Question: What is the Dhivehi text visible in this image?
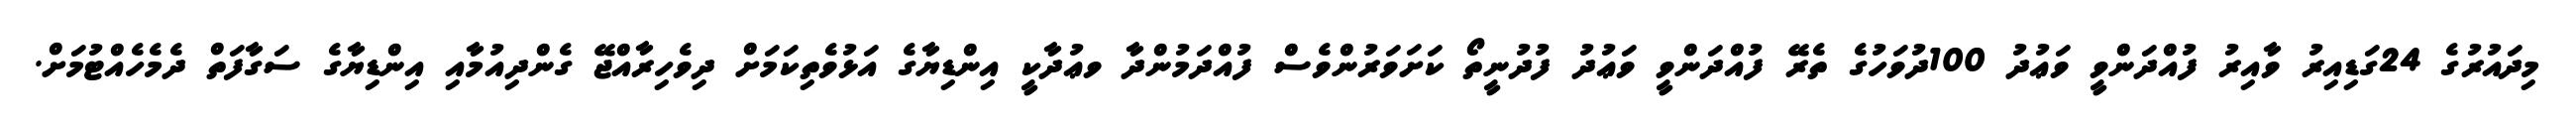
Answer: މިދައުރުގެ 24ގަޑިއިރު ވާއިރު ފުއްދަންވީ ވަޢުދު 100ދުވަހުގެ ތެރޭ ފުއްދަންވީ ވަޢުދު ފުދުނީތޯ ކަށަވަރުންވެސް ފުއްދަމުންދާ ވޢުދާކީ އިންޑިޔާގެ އަޅުވެތިކަމަށް ދިވެހިރާއްޖޭ ގެންދިއުމާއި އިންޑިޔާގެ ސަގާފަތް ދެމެހެއްޓުމަށް.